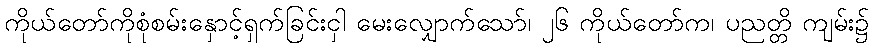
ကိုယ်တော်ကိုစုံစမ်းနှောင့်ရှက်ခြင်းငှါ မေးလျှောက်သော်၊ ၂၆ ကိုယ်တော်က၊ ပညတ္တိ ကျမ်း၌